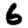
Digit: 6